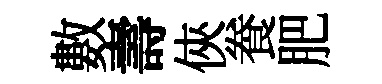
數壽俠飬肥